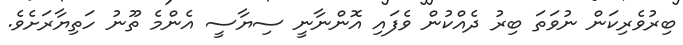
ބިރުވެރިކަން ނުވަތަ ބިރު ދެއްކުން ވެފައި އޮންނާނީ ސިޔާސީ އެންމެ ތޫނު ހަތިޔާރަށެވެ.